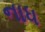
નાધ